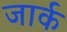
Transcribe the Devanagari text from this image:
जार्क